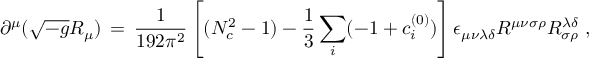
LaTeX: \partial ^ { \mu } ( \sqrt { - g } R _ { \mu } ) \, = \, \frac { 1 } { 1 9 2 \pi ^ { 2 } } \left[ ( N _ { c } ^ { 2 } - 1 ) - \frac { 1 } { 3 } \sum _ { i } ( - 1 + c _ { i } ^ { ( 0 ) } ) \right] \epsilon _ { \mu \nu \lambda \delta } R ^ { \mu \nu \sigma \rho } R _ { \sigma \rho } ^ { \lambda \delta } \; ,